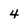
Character: 4